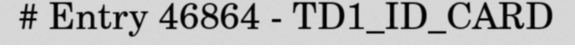
# Entry 46864 - TD1_ID_CARD